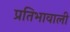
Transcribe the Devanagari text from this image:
प्रतिभावाली